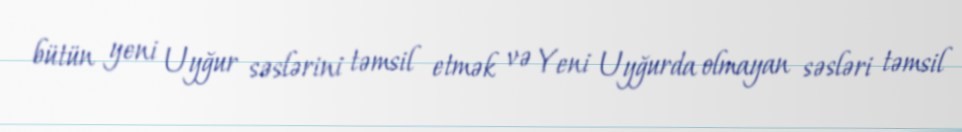
bütün yeni Uyğur səslərini təmsil etmək və Yeni Uyğurda olmayan səsləri təmsil